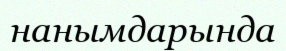
нанымдарында